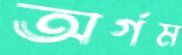
অর্গম